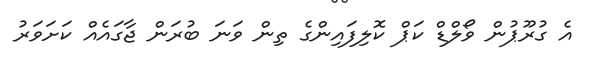
އެ ގުރޫޕުން ވޯލްޑް ކަޕް ކޮލިފައިންގެ ތިން ވަނަ ބުރަން ޖާގައެއް ކަށަވަރު